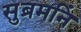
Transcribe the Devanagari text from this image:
सुब्रमनिं